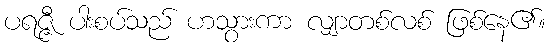
ပရဇ္ဇီ ပါးစပ်သည် ဟသွားကာ လျှာတစ်လစ် ဖြစ်နေ၏။